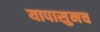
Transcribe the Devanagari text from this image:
यापासुनच